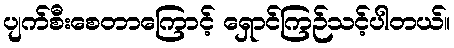
ပျက်စီးစေတာကြောင့် ရှောင်ကြဉ်သင့်ပါတယ်။